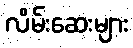
လိမ်းဆေးများ